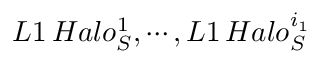
L 1 \, H a l o _ { S } ^ { 1 } , \cdots , L 1 \, H a l o _ { S } ^ { i _ { 1 } }